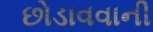
છોડાવવાની